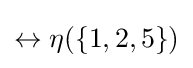
{\textstyle \leftrightarrow \eta (\{1,2,5\})}